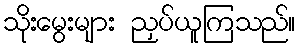
သိုးမွေးများ ညှပ်ယူကြသည်။